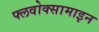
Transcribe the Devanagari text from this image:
फ्लवोक्सामाइन